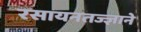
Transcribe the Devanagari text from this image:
रसायनतज्ज्ञाने